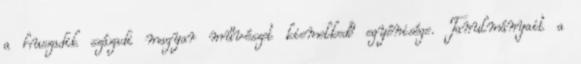
a huszadik századi magyar művészet kiemelkedő egyénisége. Tanulmányait a